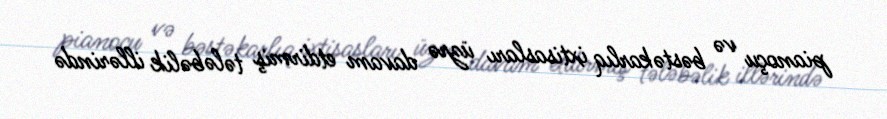
pianoçu və bəstəkarlıq ixtisasları üzrə davam etdirmiş tələbəlik illərində